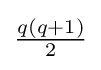
{\textstyle {\frac {q(q+1)}{2}}}